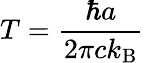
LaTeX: T={\frac{\hbar a}{2\pi ck_{\mathrm{B}}}}